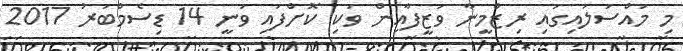
މި މައްސަލައިގައި ރިޒްމީނާ ވަޒީފާއިން ވަކި ކޮށްފައި ވަނީ 14 ޑިސެމްބަރު 2017